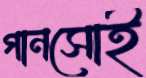
গানসোই